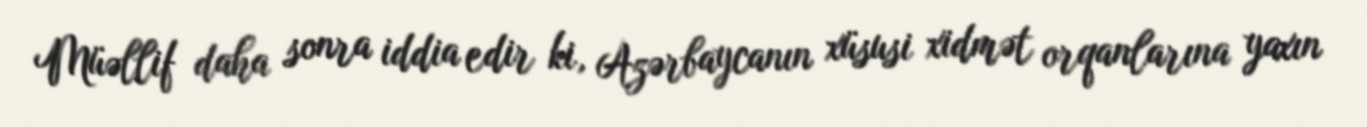
Müəllif daha sonra iddia edir ki, Azərbaycanın xüsusi xidmət orqanlarına yaxın